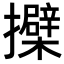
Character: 𢹐